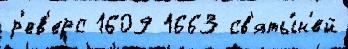
р'ев'ерс 1609 1663 св'яты́н'ей